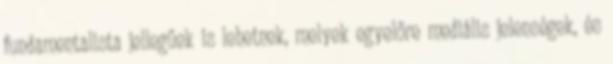
fundamentalista jellegűek is lehetnek, melyek egyelőre mediális jelenségek, és